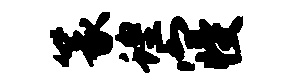
篆蝗寝